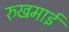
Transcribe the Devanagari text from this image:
रुखमाई